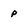
Character: p